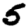
Digit: 5